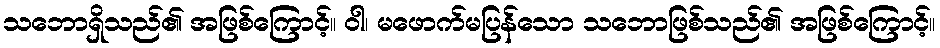
သဘောရှိသည်၏ အဖြစ်ကြောင့်။ ဝါ၊ မဖောက်မပြန်သော သဘောဖြစ်သည်၏ အဖြစ်ကြောင့်။